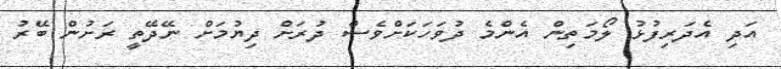
އަދި އެދަރިފުޅު ލޯމަތިން އެންމެ ދުވަހަކަށްވެސް ދުރަށް ދިޔުމަށް ނޭދޭތީ ރަށުން ބޭރު